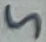
Text: 5